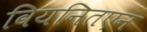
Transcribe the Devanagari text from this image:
वियनितएन